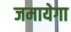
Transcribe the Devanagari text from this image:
जमायेगा